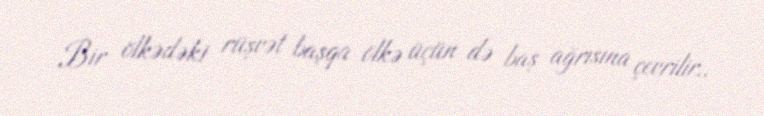
Bir ölkədəki rüşvət başqa ölkə üçün də baş ağrısına çevrilir..